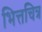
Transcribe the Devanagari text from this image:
भित्तचित्र